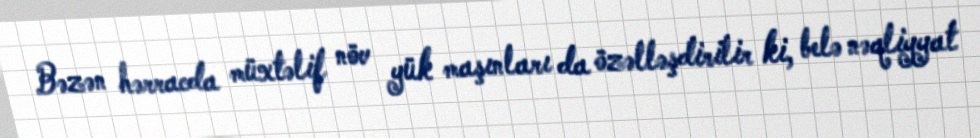
Bəzən hərracda müxtəlif növ yük maşınları da özəlləşdirilir ki, belə nəqliyyat